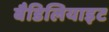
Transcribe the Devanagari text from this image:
बैडिलियाइट